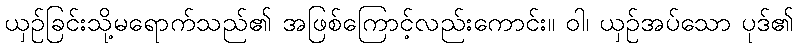
ယှဉ်ခြင်းသို့မရောက်သည်၏ အဖြစ်ကြောင့်လည်းကောင်း။ ဝါ၊ ယှဉ်အပ်သော ပုဒ်၏